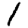
Digit: 1